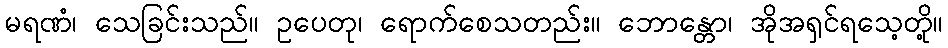
မရဏံ၊ သေခြင်းသည်။ ဥပေတု၊ ရောက်စေသတည်း။ ဘောန္တော၊ အိုအရှင်ရသေ့တို့။